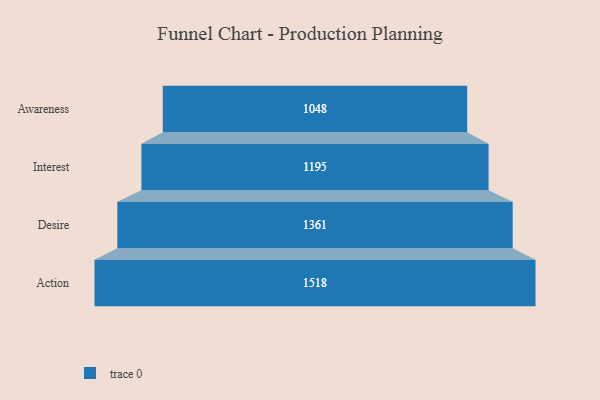
{"axis": {"x": "Stage", "y": "Value"}, "legend": [""], "data": [{"x": "Awareness", "y": 1048.0, "type": ""}, {"x": "Interest", "y": 1195.0, "type": ""}, {"x": "Desire", "y": 1361.0, "type": ""}, {"x": "Action", "y": 1518.0, "type": ""}]}